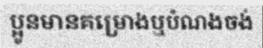
ប្អូនមានគម្រោងឬបំណងចង់